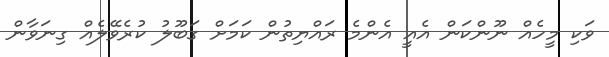
ވަކި މީހެއް ނޫންކަން އެއީ އެންމެ ރައްޔިތުން ކަމަށް ގަބޫލު ކުރެވޭލެއް ގިނަވާން